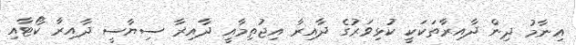
އިނާމު ދިން ދާއިރާތަކަކީ ކުޅިވަރުގެ ދާއިރާ އިޖުތިމާއީ ދާއިރާ ސިޔާސީ ދާއިރާ ކޯޓާއި